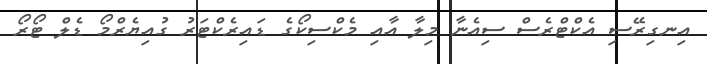
އިނގިރޭސި އެކްޓްރެސް ސިއެނާ މިލާ އާއި މެކްސިކޯގެ ޑައިރެކްޓަރު ގުއިޔެރްމޯ ޑެލް ޓޯރޯ